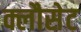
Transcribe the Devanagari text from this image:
क्लौसेट